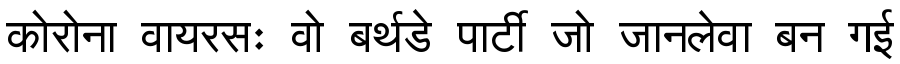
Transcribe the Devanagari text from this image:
कोरोना वायरसः वो बर्थडे पार्टी जो जानलेवा बन गई